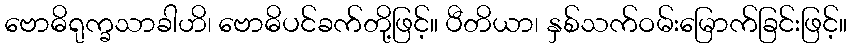
ဗောဓိရုက္ခသာခါဟိ၊ ဗောဓိပင်ခက်တို့ဖြင့်။ ပီတိယာ၊ နှစ်သက်ဝမ်းမြောက်ခြင်းဖြင့်။